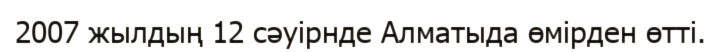
2007 жылдың 12 сәуірнде Алматыда өмірден өтті.